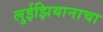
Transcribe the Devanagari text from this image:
लुईझियानाचा